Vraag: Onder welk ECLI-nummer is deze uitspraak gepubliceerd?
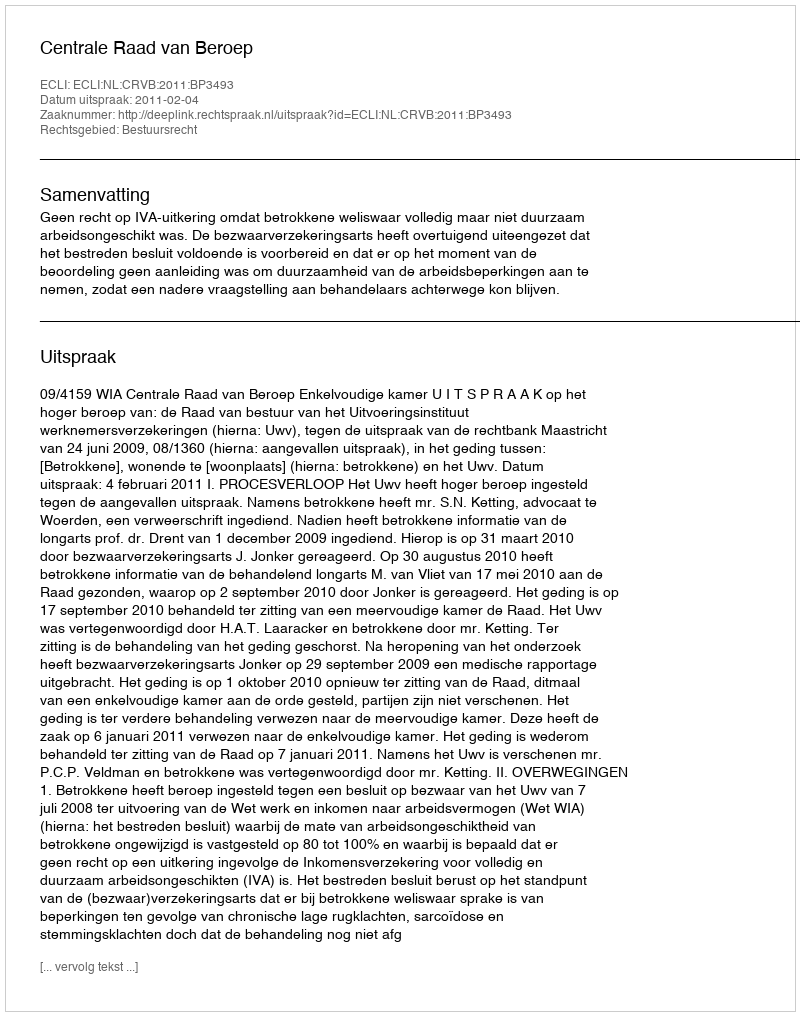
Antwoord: ECLI:NL:CRVB:2011:BP3493